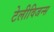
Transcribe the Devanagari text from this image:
टेलीविजन्स